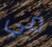
في